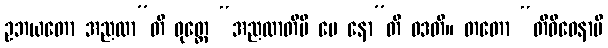
ဥဘယတော အညထာ”တိ ဝုတ္တေ “အညထာတိပိ မေ နော”တိ ဝဒတိ။ တတော “တိဝိဓေနာပိ